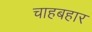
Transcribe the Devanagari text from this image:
चाहबहार